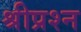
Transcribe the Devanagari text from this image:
श्रीप्रश्न